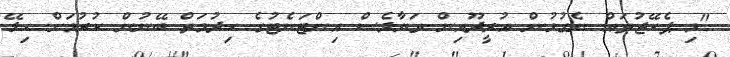
"މި ޕެކޭޖުތައް ނެގުމުން އުރީދޫއިން ވަޔާލެސް އިންޓަނެޓުގެ ހިދުމަތް ބޭނުން ކުރުމަށް ހިލޭ